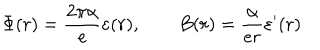
\Phi ( r ) = \frac { 2 \pi \alpha } { e } \varepsilon ( r ) , \qquad B ( r ) = \frac { \alpha } { e r } \varepsilon ^ { \prime } ( r )